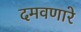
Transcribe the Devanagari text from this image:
दमवणारे